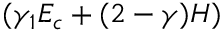
( \gamma _ { 1 } E _ { c } + ( 2 - \gamma ) H )